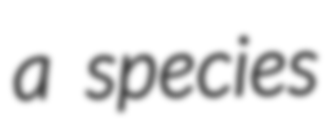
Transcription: a species